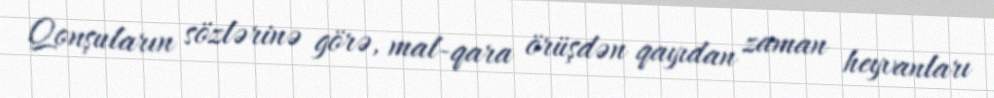
Qonşuların sözlərinə görə, mal-qara örüşdən qayıdan zaman heyvanları